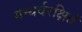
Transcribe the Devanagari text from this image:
गन्धर्वरक्षितं